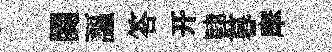
関謳答开肄暮摩